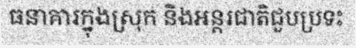
ធនាគារក្នុងស្រុក និងអន្តរជាតិជួបប្រទះ